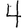
Digit: 4